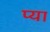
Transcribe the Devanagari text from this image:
प्या